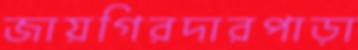
জায়গিরদারপাড়া